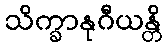
သိက္ခာနုဂီယန္တိ